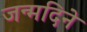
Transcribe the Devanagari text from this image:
जन्मदिने